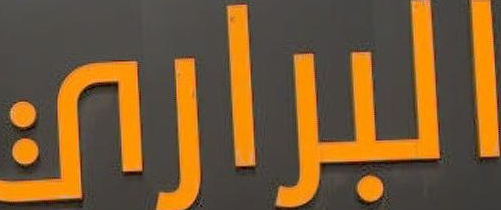
البراري